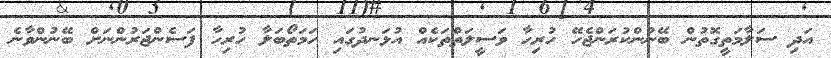
އަދި ސަލާމަތީގޮތުން ބޭނުންކުރަންޖެހޭ ހުރިހާ ވަސީލަތްތަކެއް އުޅަނދުގައި ހަމަތޯބަލާ ހުރިހާ ފަސެންޖަރުންނަށް ބޭނުންވާނެ